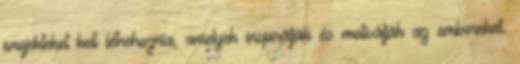
projekteket kell létrehoznia, amelyek inspirálják és motiválják az embereket.